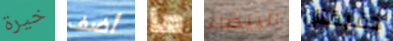
خيرة أضف ما البيضاء دقيقتان